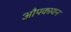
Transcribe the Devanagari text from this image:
औपकायन